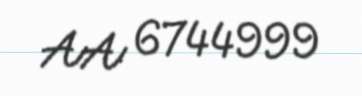
AA 6744999